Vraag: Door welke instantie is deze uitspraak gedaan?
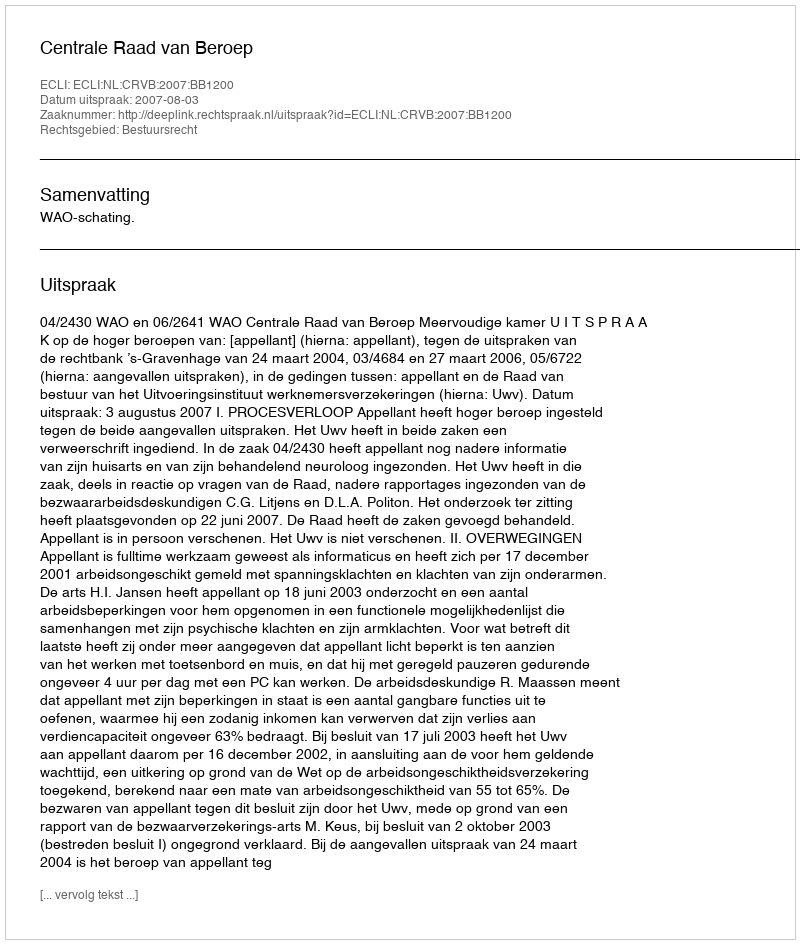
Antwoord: Centrale Raad van Beroep